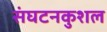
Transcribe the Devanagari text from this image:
संघटनकुशल